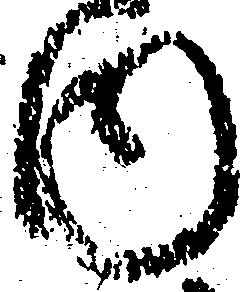
内